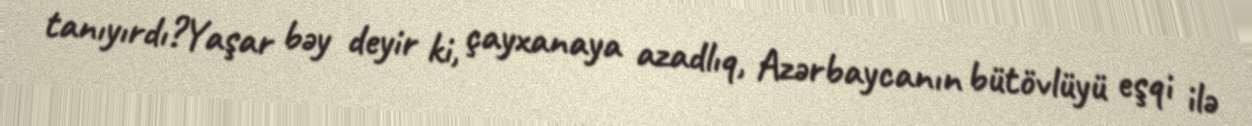
tanıyırdı?Yaşar bəy deyir ki, çayxanaya azadlıq, Azərbaycanın bütövlüyü eşqi ilə